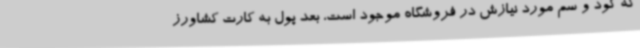
که کود و سم مورد نیازش در فروشگاه موجود است، بعد پول به کارت کشاورز